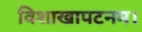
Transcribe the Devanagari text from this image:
विशाखापटनम।